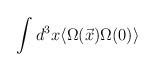
LaTeX: \begin{align*}\int d^3x \langle \Omega(\vec{x})\Omega(0)\rangle\end{align*}